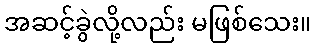
အဆင့်ခွဲလို့လည်း မဖြစ်သေး။